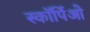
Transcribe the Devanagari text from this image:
स्कॉर्पिओ